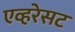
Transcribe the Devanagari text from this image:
एव्हरेसट